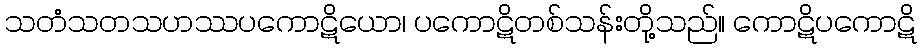
သတံသတသဟဿပကောဋိယော၊ ပကောဋိတစ်သန်းတို့သည်။ ကောဋိပကောဋိ